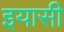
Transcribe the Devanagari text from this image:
इयासी